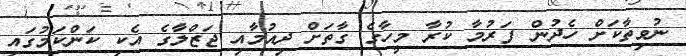
ނުވިތާކަށް ހެދުން ފަރުމާ ކުރާ މީހާގެ ގާތަށް ދިއުމާއި ޖަޒްލާގެ އެކި ކަންކަމުގައި